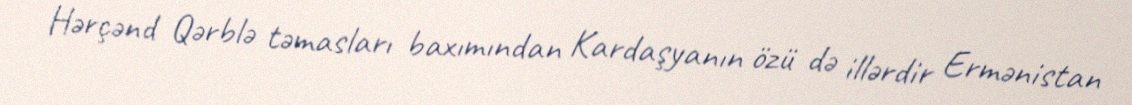
Hərçənd Qərblə təmasları baxımından Kardaşyanın özü də illərdir Ermənistan